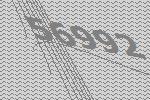
56992